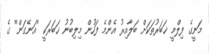
މަނީގެ ފިލްމީ ޚަބަރުތަކަށް ބަލާއިރު އެންމެ ފަހުން މިލިބުނު ޚަބަރަކީ ''އަނޭގަން'' ގެ